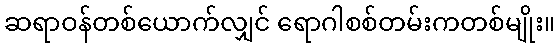
ဆရာဝန်တစ်ယောက်လျှင် ရောဂါစစ်တမ်းကတစ်မျိုး။